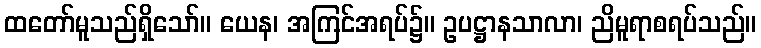
ထတော်မူသည်ရှိသော်။ ယေန၊ အကြင်အရပ်၌။ ဥပဋ္ဌာနသာလာ၊ ညိမူရာစရပ်သည်။